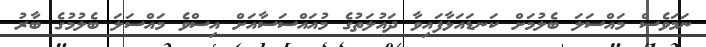
ނަމަވެސް މައްސަލަ ބެލުމަށް ކަނޑައަޅާފައިވާ ދައުލަތުގެ މުއައްސަސާއަށް އިސްވެ މައްސަލަ ބެލުމުގެ ބާރު